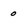
Character: 0